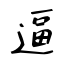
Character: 逼